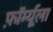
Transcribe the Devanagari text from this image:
फ़ॉर्म्यूला